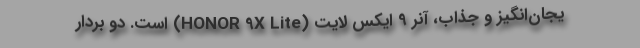
یجان‌انگیز و جذاب، آنر 9 ایکس لایت (HONOR 9X Lite) است. دو بردار